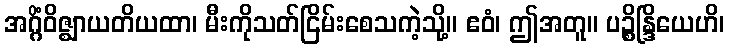
အဂ္ဂိံဝိဇ္ဈာယတိယထာ၊ မီးကိုသတ်ငြိမ်းစေသကဲ့သို့။ ဧဝံ၊ ဤအတူ။ ပဉ္စိန္ဒြိယေဟိ၊